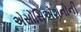
એસોસિએશનોની